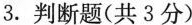
3.判断题(共3分)